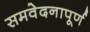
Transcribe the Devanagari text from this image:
समवेदनापूर्ण